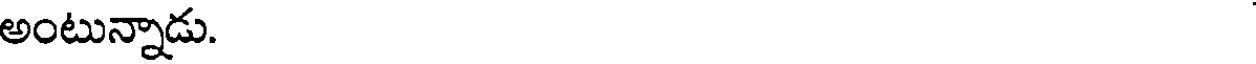
అంటున్నాడు.